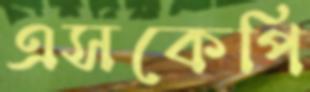
এসকেপি